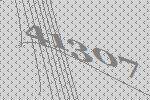
41307